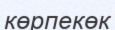
көрпекөк